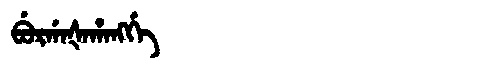
Manchu: ᠪᡠᡵᡤᠠᡧᠠᡥᠠᠩᡤᡝ
Romanization: BURGAŠAHANGGE